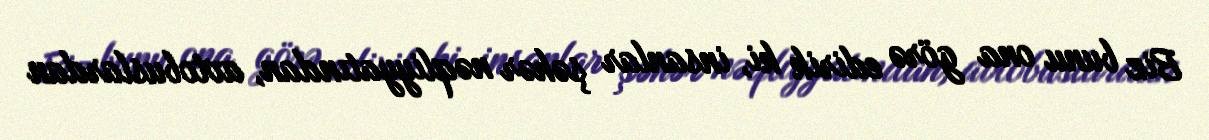
Biz bunu ona görə edirik ki, insanlar şəhər nəqliyyatından, avtobuslardan